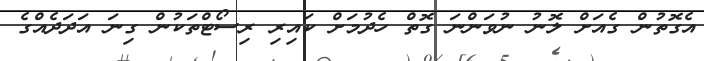
އެގޮތުން ގެއަށް ލޮނު ނުވަންނަ ގޮތް ހެދުމަށް ކައިރި ރިސޯޓްތަކުން ގިނަ އަދަދެއްގެ